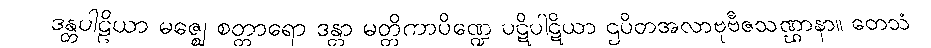
ဒန္တပါဠိယာ မဇ္ဈေ စတ္တာရော ဒန္တာ မတ္တိကာပိဏ္ဍေ ပဋိပါဋိယာ ဌပိတအလာဗုဗီဇသဏ္ဌာနာ။ တေသံ